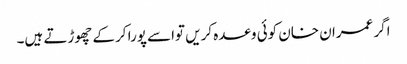
اگر عمران خان کوئی وعدہ کریں تواسے پورا کرکے چھوڑتے ہیں۔